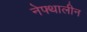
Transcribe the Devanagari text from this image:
नेफ्थालीन